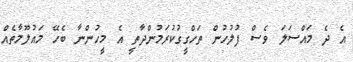
އެ ދެ މައްސަލަ ވެސް ފުލުހުން ތަހްގީގުކުރަމުންދާތީ އެ މީހުންނާ ބެހޭ މައުލޫމާތެއް